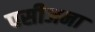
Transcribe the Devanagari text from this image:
पसीजना